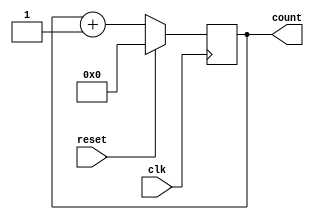
module binary_counter (
    input wire clk,        // Clock signal
    input wire reset,      // Reset signal
    output reg [3:0] count // 4-bit count value
);

always @(posedge clk) begin
    if (reset) begin
        count <= 4'b0000; // Reset count value to 0
    end else begin
        count <= count + 1; // Increment count value by 1
    end
end

endmodule